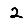
Digit: 2